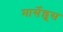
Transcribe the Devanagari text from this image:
मार्सेल्लूस